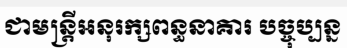
ជាមន្ត្រីអនុរក្សពន្ធនាគារ បច្ចុប្បន្ន